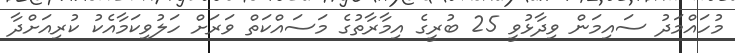
މުހައްމަދު ސައިމަން ވިދާޅުވީ 25 ބުރީގެ އިމާރާތުގެ މަސައްކަތް ވަރަަށް ހަލުވިކަމާއެކު ކުރިއަށްދާ